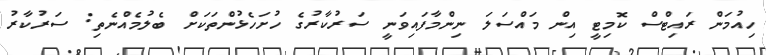
ހިއުމަން ރައިޓްސް ކޮމިޓީ އިން މައްސަލަ ނިންމާފައިވަނީ ސަރުކާރުގެ ހުށަހެޅުންތަކަށް ބެލުމެއްނެތި: ސަރުކާރު